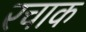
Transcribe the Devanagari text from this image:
रचाक